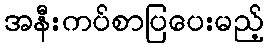
အနီးကပ်စာပြပေးမည့်